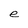
Character: e